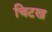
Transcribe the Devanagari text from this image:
चिटख